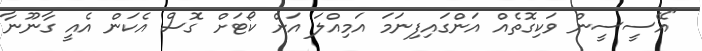
"އޭސީސީން ވަކިގޮތެއް އަންގައިފިނަމަ އަމިއްލަ އަށް ކޯޓަށް ގޮސް އެކަން އެއީ ގާނޫނާ